Report of the King Institute of Preventive Medicine, Guindy
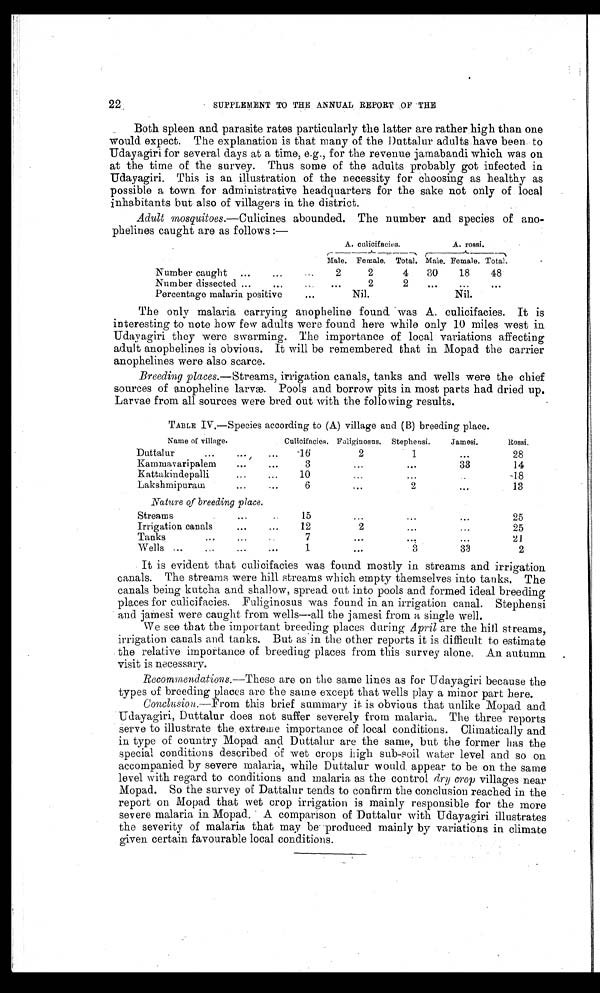
22
SUPPLEMENT TO THE ANNUAL . REPORT OF THE
Both spleen and parasite rates particularly the latter are rather high than one
would expect. The explanation is that many of the Duttalur adults have been to
Udayagiri for several days at a time, e.g., for the revenue jamabandi which was on
at the time of the survey. Thus some of the adults probably got infected in
Udayagiri. This is an illustration of the necessity for choosing as healthy as
possible a town for administrative headquarters for the sake not only of local
inhabitants but also of villagers in the district.
Adult mosquitoes.—Culicines abounded. The number and species of ano
-
p h e l i n e s c a u g h t a r e a s f o l l o w s : —
A. culicifacies.
A. rossi.
Male.
Female. Total.
Mal e.
Female.
Tot al .
Number caught ...
...
...
2
2
4
30
18
48
Number dissected ... ...
...
2
2
...
...
...
Percentage malaria positive
...
Nil.
Nil.
The only malaria carrying anopheline found was A. culimtacies. It is
interesting to note how few adults were found here while only 10 miles west in
Udayagiri they were swarming. The importance of local variations affecting
adult anophelines is obvious. It will be remembered that in Mopad the carrier
anophelines were also scarce.
Breeding places.—Streams, irrigation canals, tanks and wells were the chief
sources of anopheline larvæ. Pools and borrow pits in most parts had dried up.
Larvae from all sources were bred out with the following results.
TABLE IV.—Species according to (A) village and (B) breeding place.
Name of village.
Culicifacies. Faliginosns. Stephensi.
Jamesi.
Rossi.
Duttalur
...
16
2
1
...
28
Kammavaripalem
...
...
3
. . .
. . .
33
14
Kattakindepalli ...
10
...
...
...
18
Lakshmipuram
...
...
6
...
2
...
13
Nature of breeding place.
Streams
...
15
...
...
...
25
Irrigation canals
...
...
12
2
. . .
. . .
25
Tanks
...
...
..
7
. . .
. . .
. . .
21
Wells ...
...
...
...
1
...
3
33
2
It is evident that culicifacies was found mostly in streams and irrigation
canals. The streams were hill streams which empty themselves into tanks. The
canals being kutcha and shallow, spread out into pools and formed ideal breeding
places for culicifacies. Fuliginosus was found in an irrigation canal. Stephensi
and jamesi were caught from wells—all the jamesi from a single well.
We see that the important breeding places during April are the hill streams,
irrigation canals and tanks. But as in the other reports it is difficult to estimate
the relative importance of breeding places from this survey alone. An autumn
visit is necessary.
Recommendations.—These are on the same lines as for Udayagiri because the
types of breeding places are the same except that wells play a minor part here.
Conclusion.—From this brief summary it is obvious that unlike Mopad and
Udayagiri, Duttalur does not suffer severely from malaria. The three reports
serve to illustrate the extreme importance of local conditions. Climatically and
in type of country Mopad and Duttalur are the same, but the former has the
special conditions described of wet crops high sub-soil water level and so on
accompanied by severe malaria, while Duttalur would appear to be on the same
level with regard to conditions and malaria as the control dry crop villages near
Mopad. So the survey of Dattalur tends to confirm the conclusion reached in the
report on Mopad that wet crop irrigation is mainly responsible for the more
severe malaria in Mopad. A comparison of Duttalur with Udayagiri illustrates
the severity of malaria that may be produced mainly by variations in climate
given certain favourable local conditions.